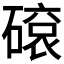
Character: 𥕦